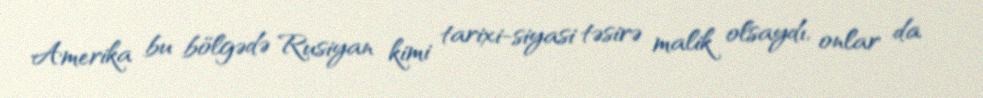
Amerika bu bölgədə Rusiyan kimi tarixi-siyasi təsirə malik olsaydı, onlar da